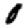
Digit: 0